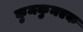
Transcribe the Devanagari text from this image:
कुमकुमएक